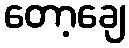
တော့ချေ